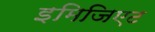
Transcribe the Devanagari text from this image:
इमिजिएट